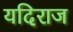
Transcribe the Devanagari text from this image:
यदिराज